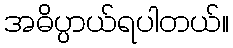
အဓိပ္ပာယ်ရပါတယ်။